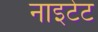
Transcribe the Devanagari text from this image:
नाइटेट